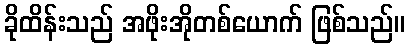
ခိုထိန်းသည် အဖိုးအိုတစ်ယောက် ဖြစ်သည်။